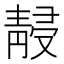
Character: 𱁮